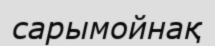
сарымойнақ